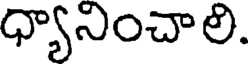
ధ్యానించాలి.